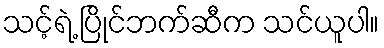
သင့်ရဲ့ ပြိုင်ဘက်ဆီက သင်ယူပါ။